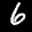
Label: 6